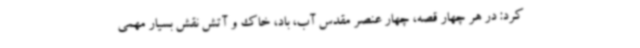
کرد: در هر چهار قصه، چهار عنصر مقدس آب، باد، خاک و آتش نقش بسیار مهمی